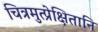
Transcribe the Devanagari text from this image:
चित्रमुत्प्रेक्षितानि